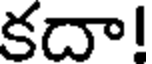
కదా!